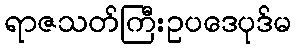
ရာဇသတ်ကြီးဥပဒေပုဒ်မ